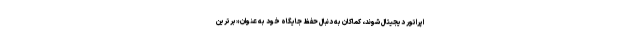
اپراتور دیجیتال شوند، کماکان به دنبال حفظ جایگاه خود به عنوان «برترین